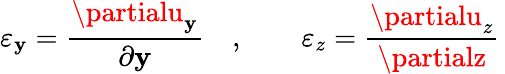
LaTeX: \varepsilon_{\mathbf{y}}={\frac{{\partialu_{\mathbf{y}}}}{{\partial\mathbf{y}}}}\quad,\qquad\varepsilon_{z}={\frac{{\partialu_{z}}}{{\partialz}}}\,